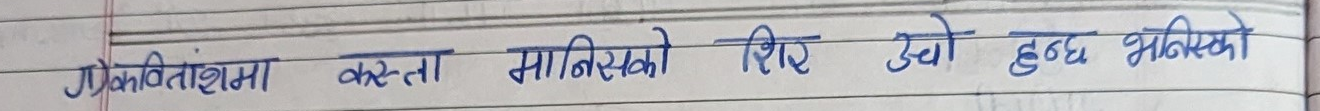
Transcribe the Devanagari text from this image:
प्रकवितांशमा कस्तो मानिसको सिरे उचो हुन्छ भनिएको